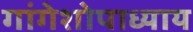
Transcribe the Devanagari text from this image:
गांगेशोपाध्याय